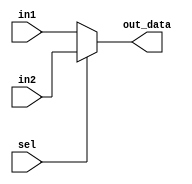
`timescale 1ns / 1ps
//////////////////////////////////////////////////////////////////////////////////
// Company: 
// Engineer: 
// 
// Design Name: 
// Module Name:    MUX5 
// Project Name: 
// Target Devices: 
// Tool versions: 
// Description: 
//
// Dependencies: 
//
// Revision: 
// Revision 0.01 - File Created
// Additional Comments: 
//
//////////////////////////////////////////////////////////////////////////////////
module MUX5(
      input [4:0] in1,
		input [4:0] in2,
		input sel,
		output reg [4:0] out_data
    );
	 
	 
	 always @(in1,in2,sel)
       if(!sel)  out_data=in1;
            else out_data=in2;





endmodule